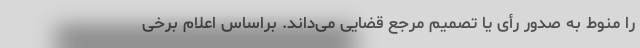
را منوط به صدور رأی یا تصمیم مرجع قضایی می‌داند. براساس اعلام برخی